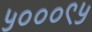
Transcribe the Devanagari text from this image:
५०००९५